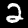
Label: 2